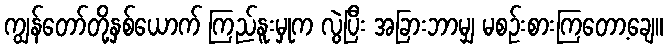
ကျွန်တော်တို့နှစ်ယောက် ကြည်နူးမှုက လွဲပြီး အခြားဘာမျှ မစဉ်းစားကြတော့ချေ။